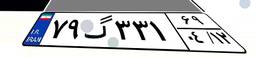
۷۹گ۳۳۱۶۹